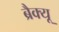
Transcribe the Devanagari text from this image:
ब्रैक्यू